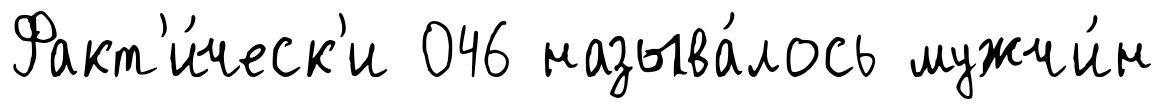
Факт'и́ческ'и 046 называ́лось мужчи́н